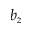
b _ { z }